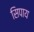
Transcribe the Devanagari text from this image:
सिपाय